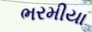
ભરમીયા